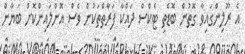
އެ ރޫލިންގައިވާ ގޮތުން ބޮޑެތި ޓެކްސް ދައްކާ ފަރާތްތަކުން ވެސް އޮންލައިންކޮށް ބަޔާން